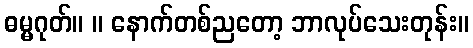
ဓမ္မဂုတ်။ ။ နောက်တစ်ညတော့ ဘာလုပ်သေးတုန်း။